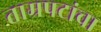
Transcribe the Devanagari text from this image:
ताम्रपटांचा